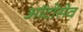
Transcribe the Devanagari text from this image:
ऑटोसेव